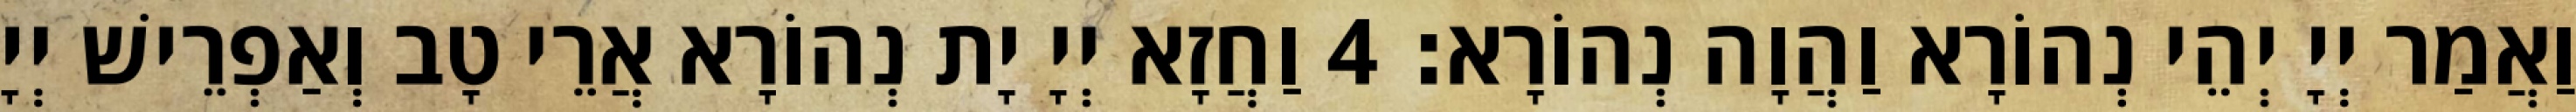
וַאֲמַר יְיָ יְהֵי נְהוֹרָא וַהֲוָה נְהוֹרָא׃ 4 וַחֲזָא יְיָ יָת נְהוֹרָא אֲרֵי טָב וְאַפְרֵישׁ יְיָ